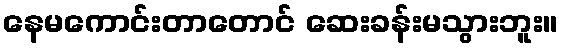
နေမကောင်းတာတောင် ဆေးခန်းမသွားဘူး။